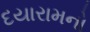
દયારામનો